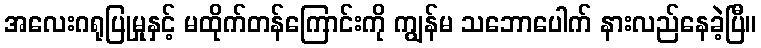
အလေးဂရုပြုမှုနှင့် မထိုက်တန်ကြောင်းကို ကျွန်မ သဘောပေါက် နားလည်နေခဲ့ပြီ။